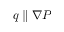
q \parallel \nabla P